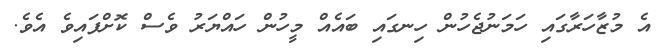
އެ މުޒާހަރާގައި ހަމަނުޖެހުން ހިނގައި ބައެއް މީހުން ހައްޔަރު ވެސް ކޮށްފައިވެ އެވެ.